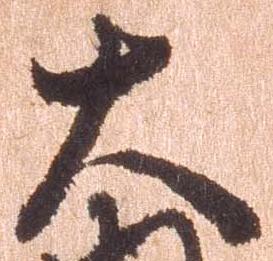
大